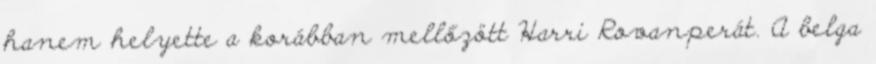
hanem helyette a korábban mellőzött Harri Rovanperát. A belga